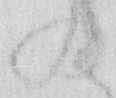
の